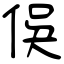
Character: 俁